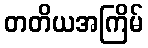
တတိယအကြိမ်